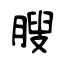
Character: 膄